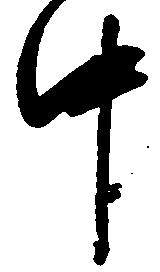
中